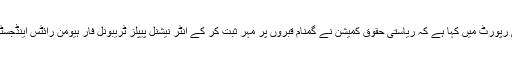
مذکورہ ادارے نے گمنام قبروں کے بارے میں اپنی رپورٹ میں کہا ہے کہ ریاستی حقوق کمیشن نے گمنام قبروں پر مہر ثبت کر کے انٹر نیشنل پیپلز ٹریبونل فار ہیومن رائٹس اینڈجسٹس (آئی پی ٹی کے) کی تحقیقات کو صحیح ٹھہرایا۔